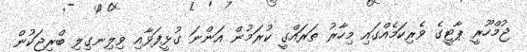
ޖުމްހޫރީ ޕާޓީގެ ވެރިކަމެއްގައި މިހާރު ތަރައްގީ ކުރަމުން އަންނަ ގުޅީފަޅާއި ވިލިނގިލި ބްރިޖަކުން